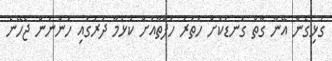
ގުޅިގެން އޭނާ ގާތް ގަނޑަކަށް ހަތަރު ހަފްތާއަށް ކުޅުމާ ދުރުގައި ހުންނަން ޖެހޭނެ